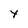
Character: Y